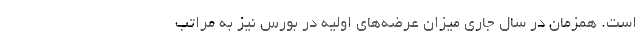
است. همزمان در سال جاری میزان عرضه‌های اولیه در بورس نیز به مراتب